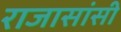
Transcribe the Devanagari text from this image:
राजासांसी